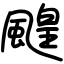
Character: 䬖